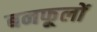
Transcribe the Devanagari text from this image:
बनफूलों